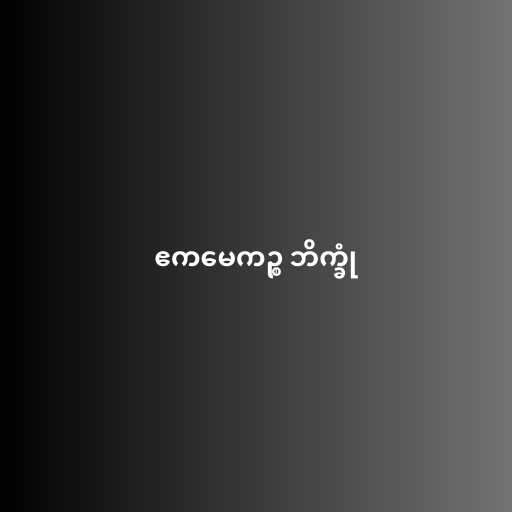
ဧကမေကဉ္စ ဘိက္ခုံ